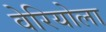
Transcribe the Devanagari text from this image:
वेरियोला